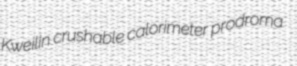
Kweilin crushable calorimeter prodroma